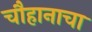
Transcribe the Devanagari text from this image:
चौहानाचा